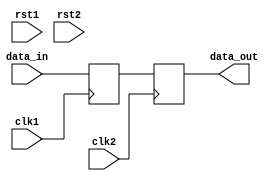
module Synchronizer (
    input wire clk1, // Clock for domain 1
    input wire clk2, // Clock for domain 2
    input wire rst1, // Reset for domain 1
    input wire rst2, // Reset for domain 2
    input wire data_in, // Input data signal
    output reg data_out // Output synchronized data signal
);

reg sync_ff; // Flip-flop for synchronizing data signal
reg sync_rst1; // Synchronized reset signal for domain 1
reg sync_rst2; // Synchronized reset signal for domain 2

always @(posedge clk1 or posedge rst1)
begin
    if (rst1)
        sync_rst1 <= 1'b1;
    else
        sync_rst1 <= 1'b0;
end

always @(posedge clk2 or posedge rst2)
begin
    if (rst2)
        sync_rst2 <= 1'b1;
    else
        sync_rst2 <= 1'b0;
end

always @(posedge clk1)
begin
    sync_ff <= data_in;
end

always @(posedge clk2)
begin
    data_out <= sync_ff;
end

endmodule